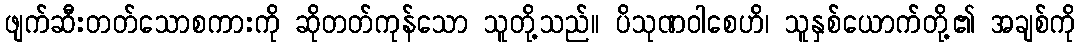
ဖျက်ဆီးတတ်သောစကားကို ဆိုတတ်ကုန်သော သူတို့သည်။ ပိသုဏဝါစေဟိ၊ သူနှစ်ယောက်တို့၏ အချစ်ကို